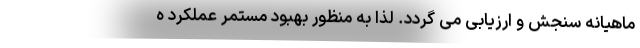
ماهیانه سنجش و ارزیابی می گردد. لذا به منظور بهبود مستمر عملکرد ه